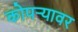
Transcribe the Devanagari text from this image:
कोपऱ्यावर